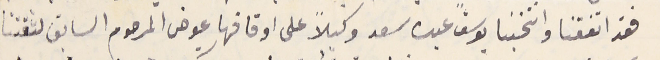
فقد اتفقنا وانتخبنا يوسف عبده سعد وكيلاً على اوقافها عوض المرحوم السابق لثقتنا